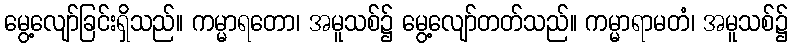
မွေ့လျော်ခြင်းရှိသည်။ ကမ္မာရတော၊ အမူသစ်၌ မွေ့လျော်တတ်သည်။ ကမ္မာရာမတံ၊ အမူသစ်၌